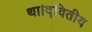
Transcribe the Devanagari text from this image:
था।द्वितीय